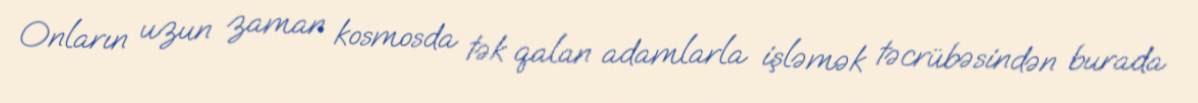
Onların uzun zaman kosmosda tək qalan adamlarla işləmək təcrübəsindən burada